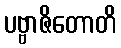
ပဗ္ဗာဇိတောတိ